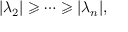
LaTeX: | \lambda _ { 2 } | \geqslant \cdots \geqslant | \lambda _ { n } | ,